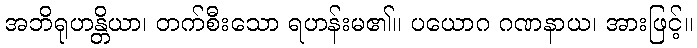
အဘိရုဟန္တိယာ၊ တက်စီးသော ရဟန်းမ၏။ ပယောဂ ဂဏနာယ၊ အားဖြင့်။